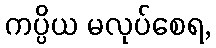
ကပ္ပိယ မလုပ်စေရ,